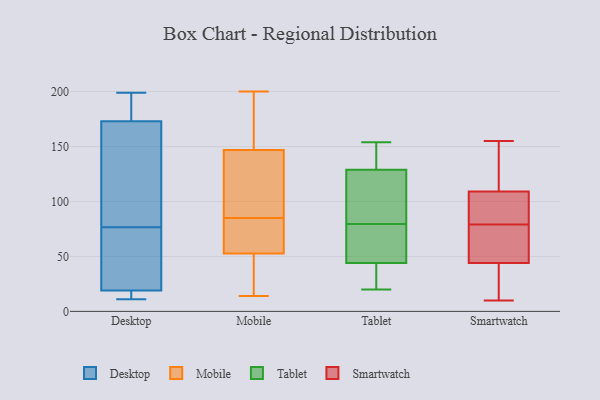
{"axis": {"x": "Active Users", "y": "Value"}, "legend": ["Desktop", "Mobile", "Smartwatch", "Tablet"], "data": [{"x": "", "y": 40, "type": "Desktop"}, {"x": "", "y": 191, "type": "Desktop"}, {"x": "", "y": 100, "type": "Desktop"}, {"x": "", "y": 19, "type": "Desktop"}, {"x": "", "y": 199, "type": "Desktop"}, {"x": "", "y": 173, "type": "Desktop"}, {"x": "", "y": 17, "type": "Desktop"}, {"x": "", "y": 173, "type": "Desktop"}, {"x": "", "y": 152, "type": "Desktop"}, {"x": "", "y": 28, "type": "Desktop"}, {"x": "", "y": 17, "type": "Desktop"}, {"x": "", "y": 78, "type": "Desktop"}, {"x": "", "y": 140, "type": "Desktop"}, {"x": "", "y": 177, "type": "Desktop"}, {"x": "", "y": 33, "type": "Desktop"}, {"x": "", "y": 11, "type": "Desktop"}, {"x": "", "y": 75, "type": "Desktop"}, {"x": "", "y": 12, "type": "Desktop"}, {"x": "", "y": 156, "type": "Mobile"}, {"x": "", "y": 68, "type": "Mobile"}, {"x": "", "y": 143, "type": "Mobile"}, {"x": "", "y": 80, "type": "Mobile"}, {"x": "", "y": 58, "type": "Mobile"}, {"x": "", "y": 14, "type": "Mobile"}, {"x": "", "y": 19, "type": "Mobile"}, {"x": "", "y": 148, "type": "Mobile"}, {"x": "", "y": 51, "type": "Mobile"}, {"x": "", "y": 169, "type": "Mobile"}, {"x": "", "y": 27, "type": "Mobile"}, {"x": "", "y": 85, "type": "Mobile"}, {"x": "", "y": 123, "type": "Mobile"}, {"x": "", "y": 158, "type": "Mobile"}, {"x": "", "y": 69, "type": "Mobile"}, {"x": "", "y": 114, "type": "Mobile"}, {"x": "", "y": 200, "type": "Mobile"}, {"x": "", "y": 108, "type": "Mobile"}, {"x": "", "y": 50, "type": "Mobile"}, {"x": "", "y": 106, "type": "Tablet"}, {"x": "", "y": 60, "type": "Tablet"}, {"x": "", "y": 58, "type": "Tablet"}, {"x": "", "y": 21, "type": "Tablet"}, {"x": "", "y": 143, "type": "Tablet"}, {"x": "", "y": 90, "type": "Tablet"}, {"x": "", "y": 44, "type": "Tablet"}, {"x": "", "y": 131, "type": "Tablet"}, {"x": "", "y": 56, "type": "Tablet"}, {"x": "", "y": 102, "type": "Tablet"}, {"x": "", "y": 91, "type": "Tablet"}, {"x": "", "y": 20, "type": "Tablet"}, {"x": "", "y": 132, "type": "Tablet"}, {"x": "", "y": 129, "type": "Tablet"}, {"x": "", "y": 32, "type": "Tablet"}, {"x": "", "y": 31, "type": "Tablet"}, {"x": "", "y": 69, "type": "Tablet"}, {"x": "", "y": 154, "type": "Tablet"}, {"x": "", "y": 62, "type": "Smartwatch"}, {"x": "", "y": 10, "type": "Smartwatch"}, {"x": "", "y": 33, "type": "Smartwatch"}, {"x": "", "y": 79, "type": "Smartwatch"}, {"x": "", "y": 53, "type": "Smartwatch"}, {"x": "", "y": 103, "type": "Smartwatch"}, {"x": "", "y": 95, "type": "Smartwatch"}, {"x": "", "y": 155, "type": "Smartwatch"}, {"x": "", "y": 95, "type": "Smartwatch"}, {"x": "", "y": 114, "type": "Smartwatch"}, {"x": "", "y": 111, "type": "Smartwatch"}, {"x": "", "y": 133, "type": "Smartwatch"}, {"x": "", "y": 54, "type": "Smartwatch"}, {"x": "", "y": 58, "type": "Smartwatch"}, {"x": "", "y": 140, "type": "Smartwatch"}, {"x": "", "y": 38, "type": "Smartwatch"}, {"x": "", "y": 102, "type": "Smartwatch"}, {"x": "", "y": 25, "type": "Smartwatch"}, {"x": "", "y": 41, "type": "Smartwatch"}]}